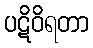
ပဋိဝိရတာ